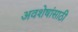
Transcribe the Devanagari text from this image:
अवशेषांसाठी